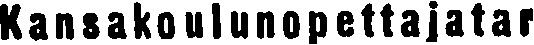
Kansakoulunopettajatar